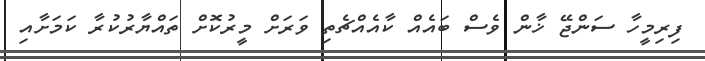
ފިރިމީހާ ސަންޖޭ ޚާން ވެސް ބައެއް ކާއެއްޗެތި ވަރަށް މީރުކޮށް ތައްޔާރުކުރާ ކަމަށާއި